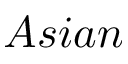
A s i a n